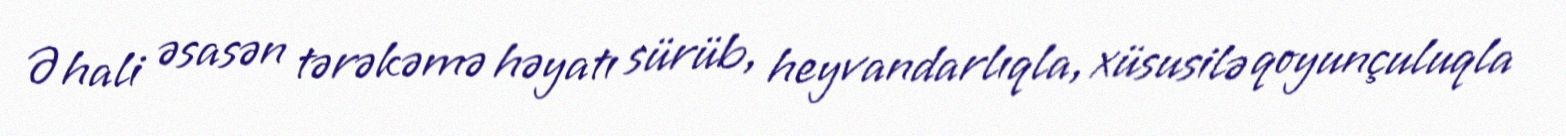
Əhali əsasən tərəkəmə həyatı sürüb, heyvandarlıqla, xüsusilə qoyunçuluqla